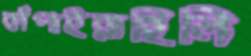
কাঁপাইয়াছিলি